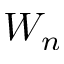
W _ { n }